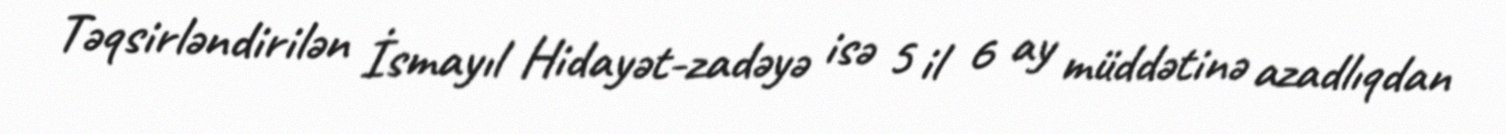
Təqsirləndirilən İsmayıl Hidayət-zadəyə isə 5 il 6 ay müddətinə azadlıqdan